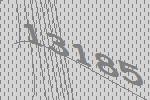
13185